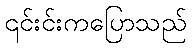
၎င်းင်းကပြောသည်